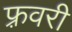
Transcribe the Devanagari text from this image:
फ़्रवरी